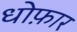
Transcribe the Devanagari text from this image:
धोफ़ार